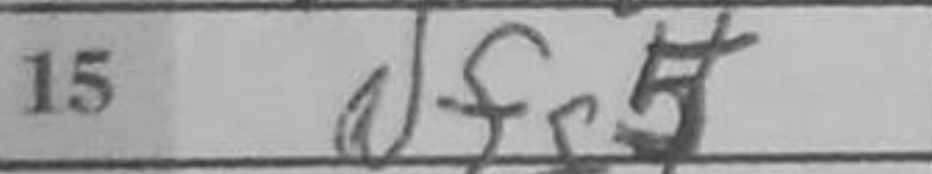
Transcription: Nfg5